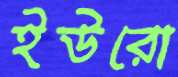
ইউরো